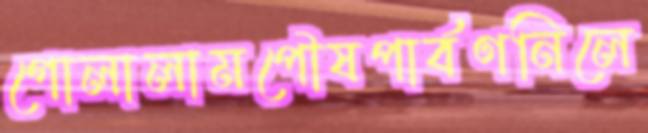
গোলালামপৌষপার্বণনিলে